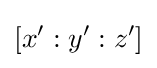
[x':y':z']